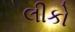
લીકો